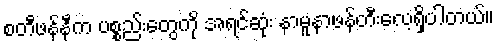
စတီဖန်နီက ပစ္စည်းတွေကို အရင်ဆုံး နာမူနာဖန်တီးလေ့ရှိပါတယ်။